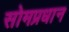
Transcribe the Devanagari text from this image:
सोमप्रधान